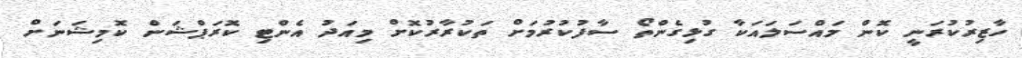
ހާޒިރުކުރަނީ ކޮން މައްސަލައަކާ ގުޅިގެންތޯ ސާފުކުރުމަށް ތަކުރާރުކޮށް މިއަދު އެންޓި ކޮރަޕްޝަން ކޮމިޝަނަށް